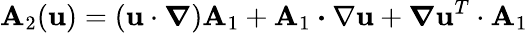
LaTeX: \mathbf{A}_{2}(\mathbf{u})=(\mathbf{u}\cdot\boldsymbol\nabla)\mathbf{A}_{1}+\mathbf{A}_{1}\boldsymbol\cdot\nabla\mathbf{u}+\boldsymbol\nabla\mathbf{u}^{T}\cdot\mathbf{A}_{1}